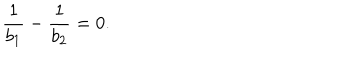
\frac { 1 } { b _ { 1 } } - \frac { 1 } { b _ { 2 } } = 0 .